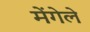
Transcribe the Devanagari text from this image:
मेंगेले